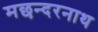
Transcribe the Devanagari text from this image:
मछन्दरनाथ